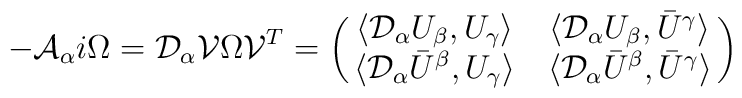
-{\cal A}_\alpha i\Omega={\cal D}_\alpha{\cal V}\Omega{\cal V}^T=\pmatrix{\langle{\cal D}_\alpha U_\beta,U_\gamma\rangle &\langle{\cal D}_\alpha U_\beta, \bar U^\gamma\rangle \cr\langle{\cal D}_\alpha \bar U^\beta,U_\gamma\rangle &\langle{\cal D}_\alpha \bar U^\beta, \bar U^\gamma\rangle \cr}